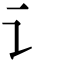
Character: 讠